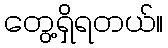
တွေ့ရှိရတယ်။